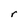
Character: r